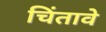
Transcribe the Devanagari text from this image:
चिंतावे